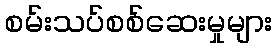
စမ်းသပ်စစ်ဆေးမှုများ